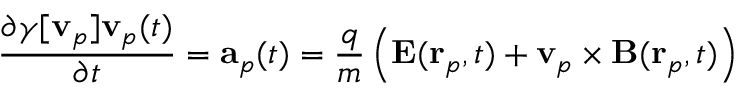
\frac { \partial \gamma [ \mathbf { v } _ { p } ] \mathbf { v } _ { p } ( t ) } { \partial t } = \mathbf { a } _ { p } ( t ) = \frac { q } { m } \left( \mathbf { E } ( \mathbf { r } _ { p } , t ) + \mathbf { v } _ { p } \times \mathbf { B } ( \mathbf { r } _ { p } , t ) \right)